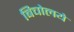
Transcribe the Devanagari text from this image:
बिचोलये